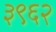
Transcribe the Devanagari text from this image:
३९६२